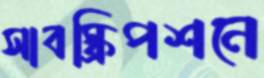
সাবস্ক্রিপশনে